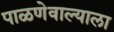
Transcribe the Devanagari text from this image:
पाळणेवाल्याला